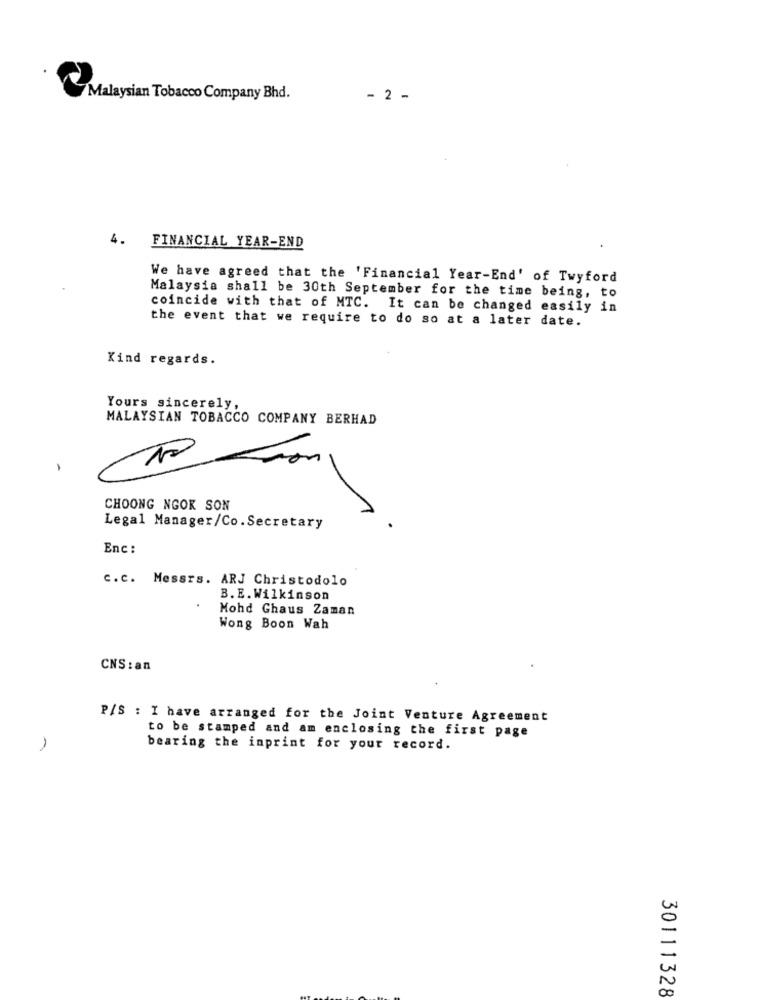
Malaysian Tobacco Company Bhd.
- 2 -
4.
FINANCIAL YEAR-END
We have agreed that the 'Financial Year-End' of Twyford
Malaysia shall be 30th September for the time being, to
coincide with that of MTC. It can be changed easily in
the event that we require to do so at a later date.
Kind regards.
Yours sincerely,
MALAYSIAN TOBACCO COMPANY BERHAD
10
CHOONG NGOK SON
Legal Manager/Co. Secretary
Enc :
C.c. Messrs. ARJ Christodolo
B. E. Wilkinson
Mohd Ghaus Zaman
Wong Boon Wah
CNS : an
P/S : I have arranged for the Joint Venture Agreement
to be stamped and am enclosing the first page
1
bearing the inprint for your record.
30111328